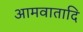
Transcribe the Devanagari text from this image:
आमवातादि